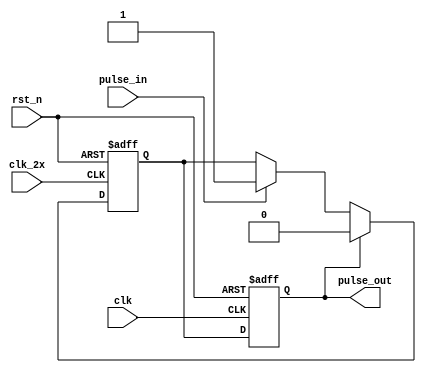
module pulse_sync(
     clk         ,
     clk_2x      ,
     rst_n       ,
     
     pulse_in    ,
     pulse_out   
);

// System IF
input                  clk             ;
input                  clk_2x          ;
input                  rst_n           ;

input                  pulse_in        ;
output                 pulse_out       ;
wire                   pulse_out       ;

reg                    pulse_sync1     ;
reg                    pulse_sync2     ;

assign pulse_out  = pulse_sync2;

always @ (posedge clk_2x or negedge rst_n)
begin
    if(rst_n == 1'b0)
        pulse_sync1 <= #1 1'b0;
    else if(pulse_sync2)
        pulse_sync1 <= #1 1'b0;
    else if(pulse_in)
        pulse_sync1 <= #1 1'b1;
end

always @ (posedge clk or negedge rst_n)
begin
    if(rst_n == 1'b0)
        pulse_sync2 <= #1 1'b0;
    else
        pulse_sync2 <= #1 pulse_sync1;
end        

endmodule